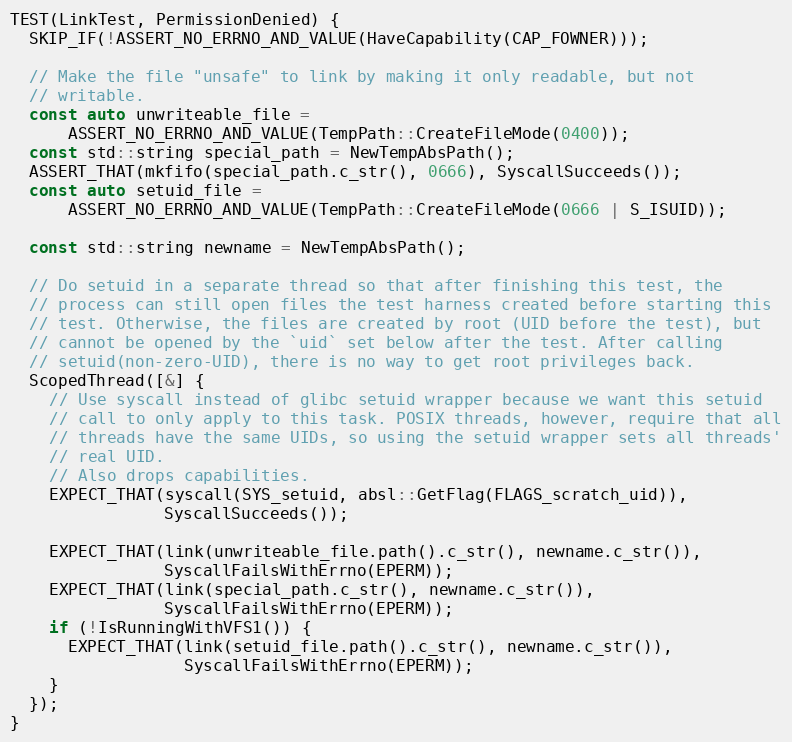
Language: C++
TEST(LinkTest, PermissionDenied) {
  SKIP_IF(!ASSERT_NO_ERRNO_AND_VALUE(HaveCapability(CAP_FOWNER)));

  // Make the file "unsafe" to link by making it only readable, but not
  // writable.
  const auto unwriteable_file =
      ASSERT_NO_ERRNO_AND_VALUE(TempPath::CreateFileMode(0400));
  const std::string special_path = NewTempAbsPath();
  ASSERT_THAT(mkfifo(special_path.c_str(), 0666), SyscallSucceeds());
  const auto setuid_file =
      ASSERT_NO_ERRNO_AND_VALUE(TempPath::CreateFileMode(0666 | S_ISUID));

  const std::string newname = NewTempAbsPath();

  // Do setuid in a separate thread so that after finishing this test, the
  // process can still open files the test harness created before starting this
  // test. Otherwise, the files are created by root (UID before the test), but
  // cannot be opened by the `uid` set below after the test. After calling
  // setuid(non-zero-UID), there is no way to get root privileges back.
  ScopedThread([&] {
    // Use syscall instead of glibc setuid wrapper because we want this setuid
    // call to only apply to this task. POSIX threads, however, require that all
    // threads have the same UIDs, so using the setuid wrapper sets all threads'
    // real UID.
    // Also drops capabilities.
    EXPECT_THAT(syscall(SYS_setuid, absl::GetFlag(FLAGS_scratch_uid)),
                SyscallSucceeds());

    EXPECT_THAT(link(unwriteable_file.path().c_str(), newname.c_str()),
                SyscallFailsWithErrno(EPERM));
    EXPECT_THAT(link(special_path.c_str(), newname.c_str()),
                SyscallFailsWithErrno(EPERM));
    if (!IsRunningWithVFS1()) {
      EXPECT_THAT(link(setuid_file.path().c_str(), newname.c_str()),
                  SyscallFailsWithErrno(EPERM));
    }
  });
}